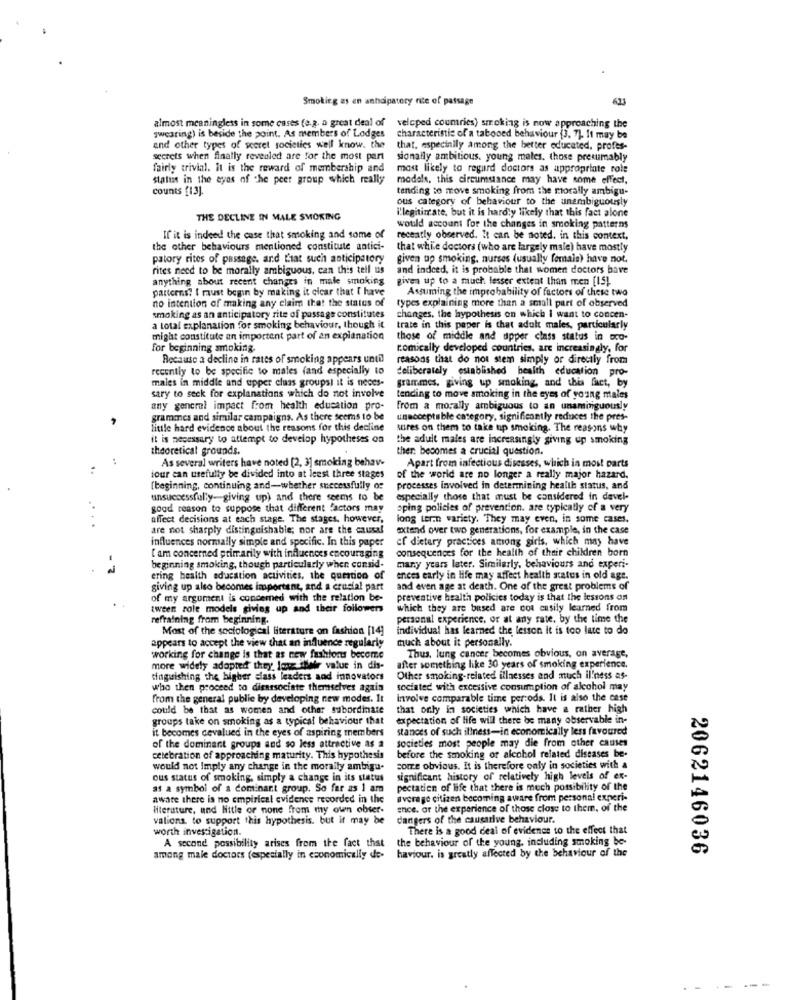
Smoking as en anhaipatory rite of passage
623
almost meaningless in some cases (e.g. a great deal of
swearing) is beside the point. As members of Lodges
veloped countries) smoking is now approaching the
characteristic of a tabooed behaviour (3, 7). It may be
and other types of secret societies well know. the
that, especinily among the better educated, profes-
secrets when finally revealed are for the most part
sionally ambitious. young males. those presumably
fairly trivial. It is the reward of membership and
most likely to regard doctors as appropriate role
status in the eyes of the peer group which really
models, this circumstance may have some effect,
counts [13].
tending to move smoking from the morally ambigu-
ous category of behaviour to the unambiguously
i'legitimate, but it is hardly likely that this fact alone
THE DECLINE IN MALE SMOKING
would account for the changes in smoking patterns
If it is indeed the case that smoking and some of
recently observed. It can be noted. in this context,
the other behaviours mentioned constitute antici-
that while doctors (who are largely male) have mostly
patory rites of passage. and Liat such anticipatory
given up smoking, nurses (usually female) have not.
rites need to be morally ambiguous, can this tell us
and indeed, it is probable that women doctors bave
anything about recent changes in male smoking
given up to a much lesser extent than men [15).
patterns? I must begin by making it cicar that I have
Assuming the improbability of factors of these two
no intention of making any claim that the status of
types explaining more than a small part of observed
smoking as an anticipatory rite of passage constitutes
changes, the hypothesis on which I want to concen-
a total explanation for smoking behaviour, though it
trate in this paper is that adult males, particularly
might constitute an important part of an explanation
those of middle and upper class status in wco-
for beginning smoking.
romically developed countries, are increasingly, for
Because a decline in rates of smoking appears until
reasons that do not stem simply or directly from
recently to be specific to males (and especially to
deliberately established health education pro-
males in middle and upper class groupsl it is neces-
grammes, giving up smoking, and this fact, by
sary to seck for explanations which do not involve
tending to move smoking in the eyes of young males
any general impact from health education pro-
from a morally ambiguous to an unambiguously
grammes and similar campaigns. As there seems to be
unacceptable category, significantly reduces the pres-
little hard evidence about the reasons for this decline
sures on them to take up smoking. The reasons why
it is necessary to attempt to develop hypotheses on
the adult males are increasingly giving up smoking
theoretical grounds.
ther: becomes a crucial question.
As several writers have noted [2, 3] smoking behave
Apart from infectious diseases, which is most parts
iour can usefully be divided into at leest three stages
of the world are no longer a really major hazard.
(beginning, continuing and-whether successfully of
processes involved in determining health status, and
unsuccessfully-giving up) and there seems to be
especially those that must be considered in devel-
good reason to suppose that different factors may
sping policies of prevention. are typically of a very
affect decisions at each stage. The stages, however,
long term variety. They may even, in some cases.
are not sharply distinguishable; nor are the causal
extend over two generations, for example, in the case
influences normally simple and specific. In this paper
ef dietary practices among girls, which may have
consequences for the health of their children born
[ am concerned primarily with influences encouraging
beginning smoking, though particularly when consid-
many years later. Similarly, behaviours and experi-
ering health education activities, the question of
ences early in life may affect health status in old age.
giving up also becomes important, and a crucial part
and even age at death. One of the great problems of
of my argument is concerned with the relation be-
preventive health policies today is that the lessons on
tween role models giving up and their followers
which they are based are col easily learned from
refraining from beginning.
personal experience, or at any rate, by the time the
Most of the sociological literature on fashion [14]
individual has learned the lesson it is too late to do
much about it personally.
appears to accept the view that an influence regularly
Thus, lung cancer becomes obvious, on average,
working for change is that as new fashions become
more widely adopted they long their value in dis-
after something like 30 years of smoking experience.
daguishing the higher class leaders and innovators
Other smoking-related illnesses and much il!ness as-
who then proceed to disassociate themselves again
tociated with excessive consumption of alcohol may
from the general public by developing new modes. It
involve comparable time periods. It is also the case
could be that as women and other subordinate
that only in societies which have a rather high
groups take on smoking as a typical behaviour that
expectation of life will there be many observable in-
it becomes cevalued in the eyes of aspiring members
stances of such illness-in economically less favoured
societies most people may die from other causes
of the dominant groups and so less attractive as a
before the smoking of alcohol related diseases be-
celebration of approaching maturity. This hypothesis
would not Imply any change in the morally ambigu.
corre obvious. It is therefore only in societies with a
ous status of smoking, simply a change in its status
significant history of relatively high levels of ex-
as a symbol of a dominant group. So far as I am
pectatien of life that there is mech possibility of the
aware there is no empirical evidence recorded in the
average citizen becoming aware from personal experi-
literature, und little or none from my own obser-
ence, ar the experience of those close to them, of the
valions. to support this hypothesis. but it may be
dangers of the causarive behaviour.
worth investigation.
There is a good deal of evidence to the effect that
the behaviour of the young, including smoking be-
A second possibility arises from the fact that
haviour. is greatly affected by the behaviour of the
2062146036
among male doctors (especially in economically de-